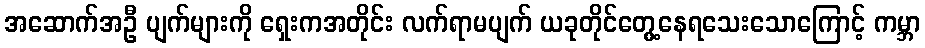
အဆောက်အဦ ပျက်များကို ရှေးကအတိုင်း လက်ရာမပျက် ယခုတိုင်တွေ့နေရသေးသောကြောင့် ကမ္ဘာ